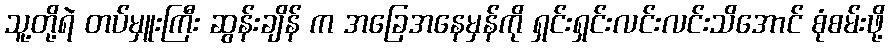
သူ့တို့ရဲ တပ်မှူးကြီး ဆွန်းချိန် က အခြေအနေမှန်ကို ရှင်းရှင်းလင်းလင်းသိအောင် စုံစမ်းဖို့